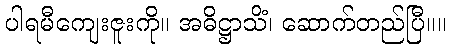
ပါရမီကျေးဇူးကို။ အဓိဋ္ဌာသိံ၊ ဆောက်တည်ပြီ။။